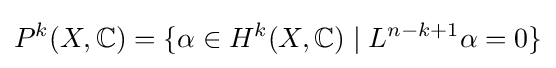
P^{k}(X,\mathbb {C} )=\{\alpha \in H^{k}(X,\mathbb {C} )\mid L^{n-k+1}\alpha =0\}